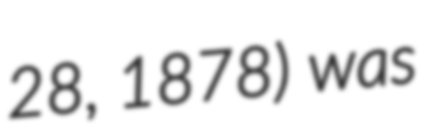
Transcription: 28, 1878) was